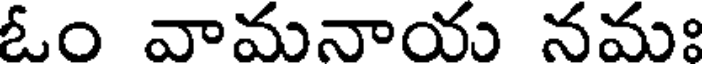
ఓం వామనాయ నమః